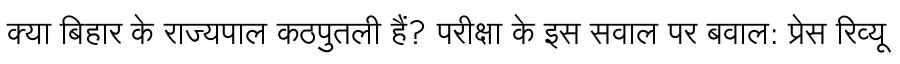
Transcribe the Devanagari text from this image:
क्या बिहार के राज्यपाल कठपुतली हैं? परीक्षा के इस सवाल पर बवाल: प्रेस रिव्यू